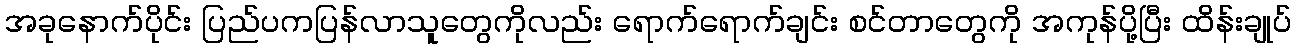
အခုနောက်ပိုင်း ပြည်ပကပြန်လာသူတွေကိုလည်း ရောက်ရောက်ချင်း စင်တာတွေကို အကုန်ပို့ပြီး ထိန်းချုပ်